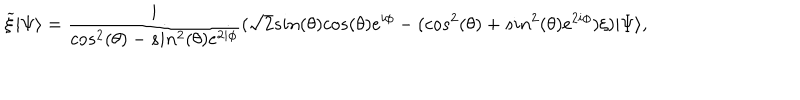
LaTeX: { \widetilde \xi } | \Psi \rangle = \frac { i } { c o s ^ { 2 } ( \theta ) - s i n ^ { 2 } ( \theta ) e ^ { 2 i \phi } } ( \sqrt { 2 } s i n ( \theta ) c o s ( \theta ) e ^ { i \phi } - ( c o s ^ { 2 } ( \theta ) + s i n ^ { 2 } ( \theta ) e ^ { 2 i \phi } ) \xi ) | \Psi \rangle ,